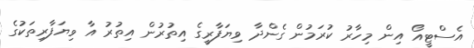
އެސްޓީއޯ އިން މިހާރު ކުރަމުން ގެންދާ ވިޔަފާރީގެ އިތުރުން އިތުރު އާ ވިޔަފާރިތަކުގެ